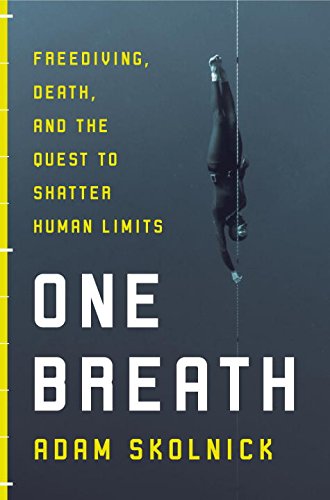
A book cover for One Breath: Freediving, Death, and the Quest to Shatter Human Limits; Adam Skolnick; Sports & Outdoors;